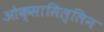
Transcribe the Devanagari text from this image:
ओक्सासिल्लिन